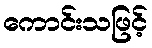
ကောင်းသဖြင့်